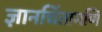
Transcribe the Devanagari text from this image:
ज्ञानचिंतामणि